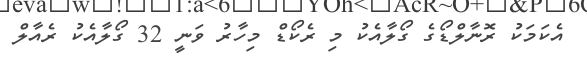
އެކަމަކު ރޮނާލްޑޯގެ ގޯލާއެކު މި ރެކޯޑް މިހާރު ވަނީ 32 ގޯލާއެކު ރެއާލް